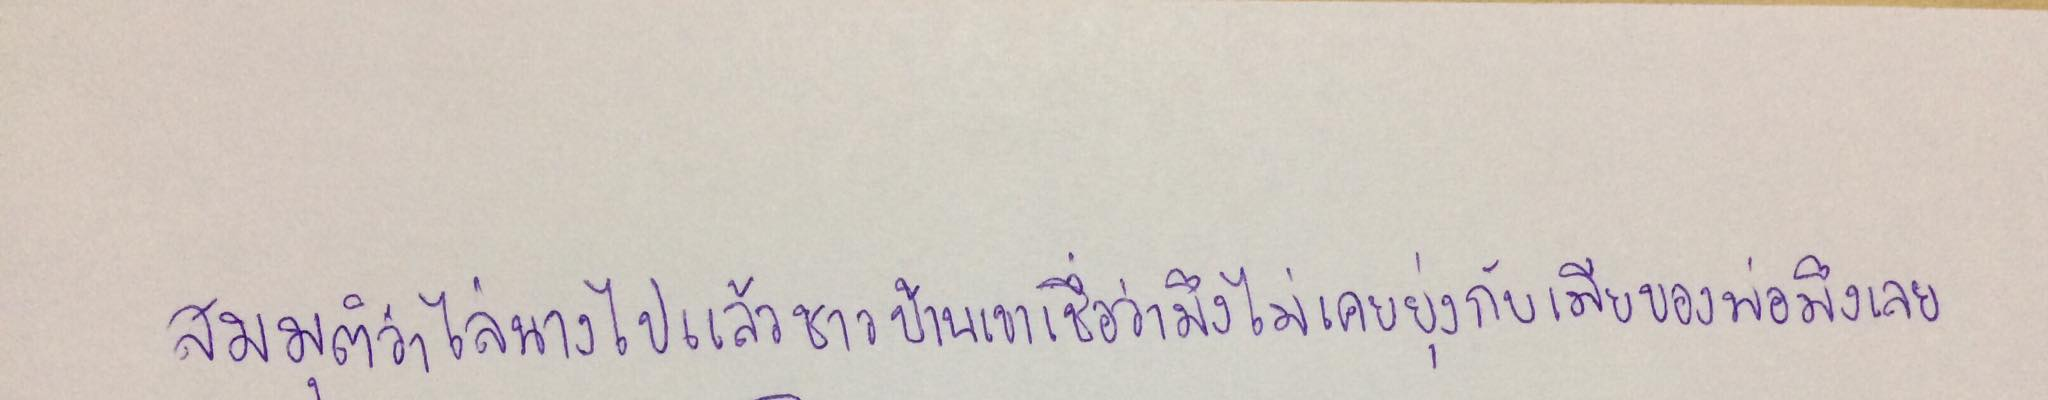
สมมุติว่าไล่นางไปแล้วชาวบ้านเขาเชื่อว่ามึงไม่เคยยุ่งกับเมียของพ่อมึงเลย